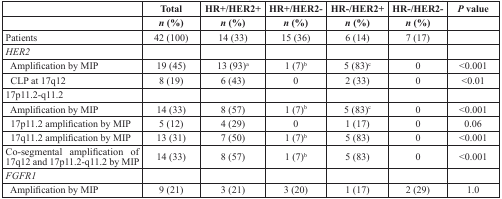
<table><thead><tr><td></td><td><b>Total</b></td><td><b>HR+/HER2+</b></td><td><b>HR+/HER2-</b></td><td><b>HR-/HER2+</b></td><td><b>HR-/HER2-</b></td><td><b><i>P</i> value</b></td></tr><tr><td></td><td><b><i>n</i> (%)</b></td><td><b><i>n</i> (%)</b></td><td><b><i>n</i> (%)</b></td><td><b><i>n</i> (%)</b></td><td><b><i>n</i> (%)</b></td><td></td></tr></thead><tbody><tr><td>Patients</td><td>42 (100)</td><td>14 (33)</td><td>15 (36)</td><td>6 (14)</td><td>7 (17)</td><td></td></tr><tr><td><i>HER2</i></td><td></td><td></td><td></td><td></td><td></td><td></td></tr><tr><td> Amplification by MIP</td><td>19 (45)</td><td>13 (93)<sup>a</sup></td><td>1 (7)<sup>b</sup></td><td>5 (83)<sup>c</sup></td><td>0</td><td>&lt;0.001</td></tr><tr><td> CLP at 17q12</td><td>8 (19)</td><td>6 (43)</td><td>0</td><td>2 (33)</td><td>0</td><td>&lt;0.01</td></tr><tr><td>17p11.2-q11.2</td><td></td><td></td><td></td><td></td><td></td><td></td></tr><tr><td> Amplification by MIP</td><td>14 (33)</td><td>8 (57)</td><td>1 (7)<sup>b</sup></td><td>5 (83)<sup>c</sup></td><td>0</td><td>&lt;0.001</td></tr><tr><td> 17p11.2 amplification by MIP</td><td>5 (12)</td><td>4 (29)</td><td>0</td><td>1 (17)</td><td>0</td><td>0.06</td></tr><tr><td> 17q11.2 amplification by MIP</td><td>13 (31)</td><td>7 (50)</td><td>1 (7)<sup>b</sup></td><td>5 (83)</td><td>0</td><td>&lt;0.001</td></tr><tr><td>Co-segmental amplification of 17q12 and 17p11.2-q11.2 by MIP</td><td>14 (33)</td><td>8 (57)</td><td>1 (7)<sup>b</sup></td><td>5 (83)</td><td>0</td><td>&lt;0.001</td></tr><tr><td><i>FGFR1</i></td><td></td><td></td><td></td><td></td><td></td><td></td></tr><tr><td> Amplification by MIP</td><td>9 (21)</td><td>3 (21)</td><td>3 (20)</td><td>1 (17)</td><td>2 (29)</td><td>1.0</td></tr></tbody></table>